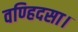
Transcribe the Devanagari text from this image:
वण्हिदसा।